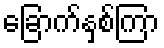
ခြောက်နှစ်ကြာ